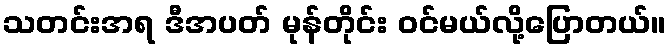
သတင်းအရ ဒီအပတ် မုန်တိုင်း ဝင်မယ်လို့ပြောတယ်။